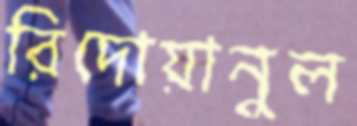
রিদোয়ানুল